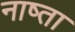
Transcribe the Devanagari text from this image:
नाष्ता